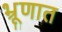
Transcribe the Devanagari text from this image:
भ्रूणात